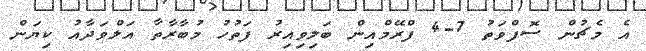
އެ މެޗުން ސޮފްވަތު 7-4 ފްރޭމްއިން ބަލިވިއިރު ފަތުހު މުބާރާތާ އަލްވަދާއު ކިޔަން